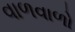
વાળવાળો